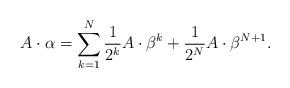
LaTeX: \begin{align*} A\cdot\alpha = \sum_{k=1}^N \frac{1}{2^k}A\cdot\beta^k + \frac{1}{2^N}A\cdot\beta^{N+1}. \end{align*}